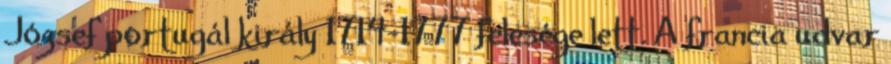
József portugál király 1714–1777 felesége lett. A francia udvar